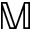
\mathbb { M }